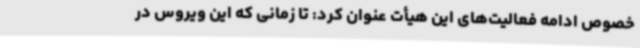
خصوص ادامه فعالیت‌های این هیأت عنوان کرد: تا زمانی که این ویروس در